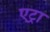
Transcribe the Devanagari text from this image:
एट्रा